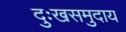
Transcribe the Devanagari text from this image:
दुःखसमुदाय